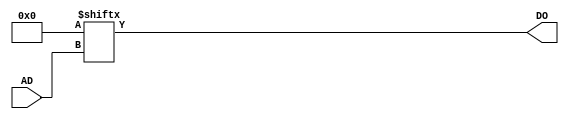
`ifdef verilator3
`else
`timescale 1 ps / 1 ps
`endif
//
// ROM16 primitive for Gowin FPGAs
// Compatible with Verilator tool (www.veripool.org)
// Copyright (c) 2022 Frdric REQUIN
// License : BSD
//

module ROM16
#(
    parameter [15:0] INIT_0 = 16'h0
)
(
    input  [3:0] AD,
    output       DO
);

    reg [15:0] _r_mem;
    
    initial begin
    
        _r_mem = INIT_0;
    end
    
    assign DO = _r_mem[AD];

endmodule